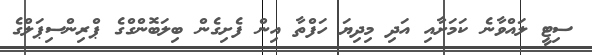
ސިޓީ ލައްވާނެ ކަމަށާއި އަދި މިދިޔަ ހަފްތާ އިން ފެށިގެން ބިލަބޮންގްގެ ޕްރިންސިޕަލްގެ